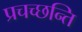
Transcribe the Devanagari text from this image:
प्रचच्छन्ति